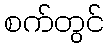
စက်တွင်